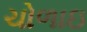
ચોળાઇ